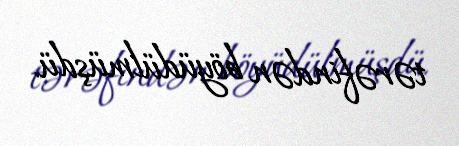
tərəfindən böyüdülmüşdü.